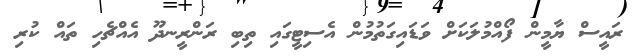
ރައީސް ޔާމީން ފޯއްމުލަކަށް ވަޑައިގަތުމުން އެސިޓީގައި ތިބި ރަންރީނދޫ އެއްޗެހި ތައް ކުރި